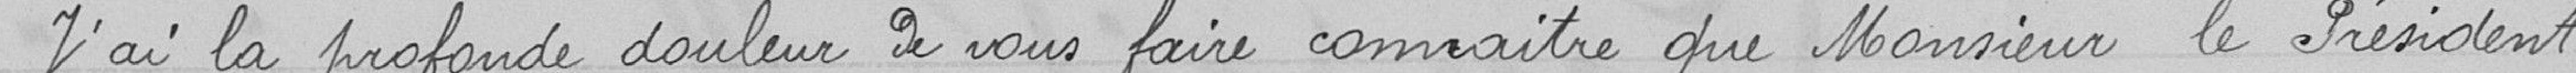
J'ai la profonde douleur de vous faire connaître que Monsieur le Président